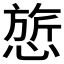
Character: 𰒃